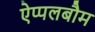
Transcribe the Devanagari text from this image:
ऐप्पलबौम